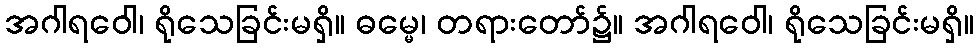
အဂါရဝေါ၊ ရိုသေခြင်းမရှိ။ ဓမ္မေ၊ တရားတော်၌။ အဂါရဝေါ၊ ရိုသေခြင်းမရှိ။